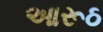
આરૂઠ